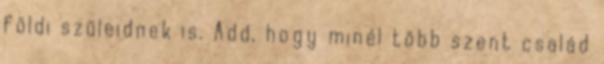
földi szüleidnek is. Add, hogy minél több szent család